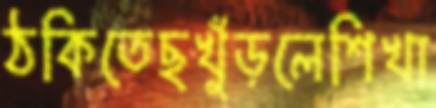
ঠকিতেছখুঁড়লেশিখা